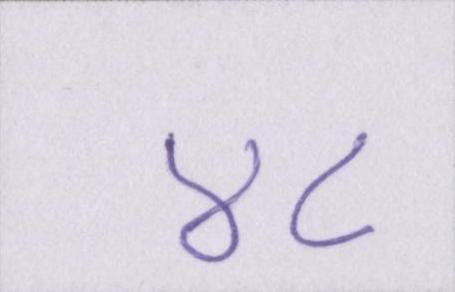
४८